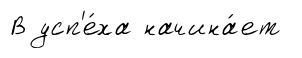
В усп'е́ха начина́ет